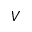
V